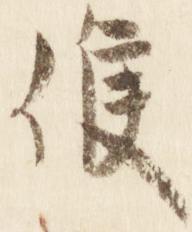
候